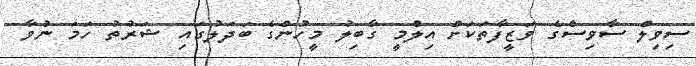
ސިވިލް ސާވިސްގެ ވަޒީފާތަކަށް އިލްމީ ގާބިލު މީހުންގެ ބަދަލުގައި ޝަރުތު ހަމަ ނުވާ